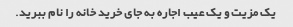
یک مزیت و یک عیب اجاره به جای خرید خانه را نام ببرید.